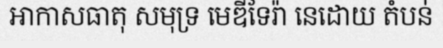
អាកាសធាតុ សមុទ្រ មេឌីទែរ៉ា នេដោយ តំបន់